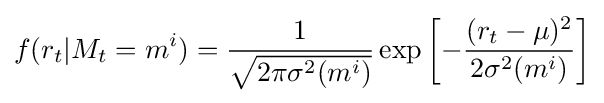
f(r_{t}|M_{t}=m^{i})={\frac {1}{\sqrt {2\pi \sigma ^{2}(m^{i})}}}\exp \left[-{\frac {(r_{t}-\mu )^{2}}{2\sigma ^{2}(m^{i})}}\right]